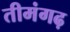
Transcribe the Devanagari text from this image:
तीमंगढ़